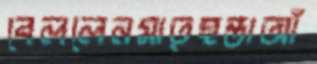
বেললেনমাতৃহন্তাআঁ